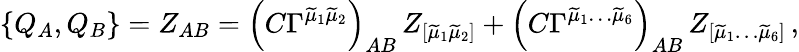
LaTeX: \{ Q_{A},Q_{B}\} =Z_{AB}=\left(C\Gamma^{\widetilde{\mu}_{1}\widetilde{\mu}_{2}}\right)_{AB}\, Z_{[\widetilde{\mu}_{1}\widetilde{\mu}_{2}]}+\left(C\Gamma^{\widetilde{\mu}_{1}\ldots\widetilde{\mu}_{6}}\right)_{AB}\, Z_{[\widetilde{\mu}_{1}\ldots\widetilde{\mu}_{6}]}\, ,